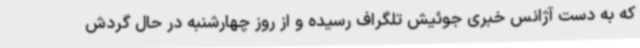
که به دست آژانس خبری جوئیش تلگراف رسیده و از روز چهارشنبه در حال گردش